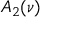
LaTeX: A _ { 2 } ( \nu )